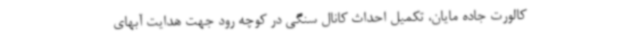
کالورت جاده مایان، تکمیل احداث کانال سنگی در کوچه رود جهت هدایت آبهای